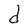
Character: d